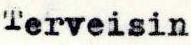
Terveisin